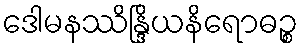
ဒေါမနဿိန္ဒြိယနိရောဓဉ္စ